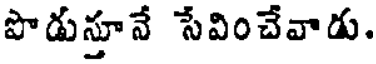
పొడుస్తూనే సేవించేవాడు.